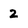
Character: 2